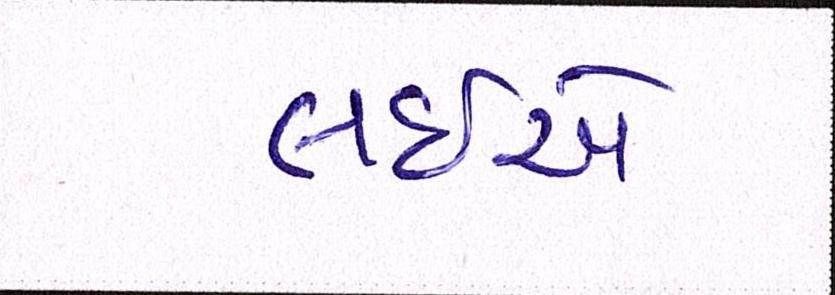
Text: લઈએ